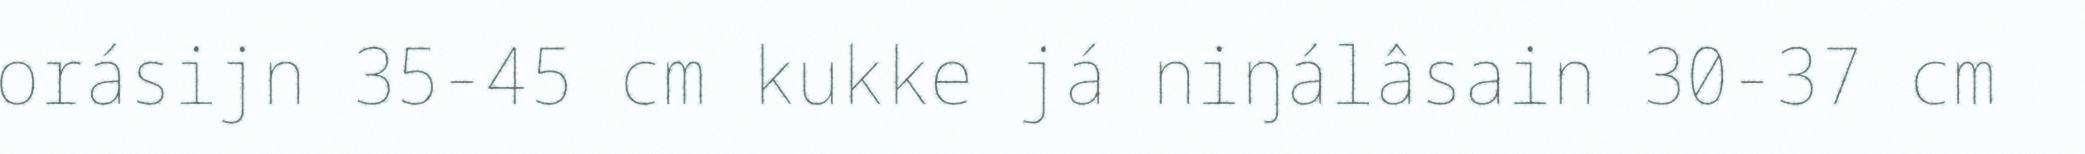
orásijn 35-45 cm kukke já niŋálâsain 30-37 cm